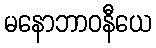
မနောဘာဝနီယေ